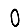
Digit: 0